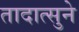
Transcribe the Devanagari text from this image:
तादात्सुने